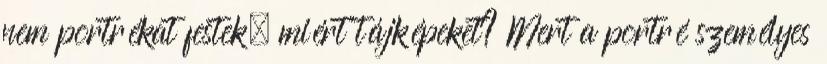
nem portrékat festek, miért tájképeket? Mert a portré személyes